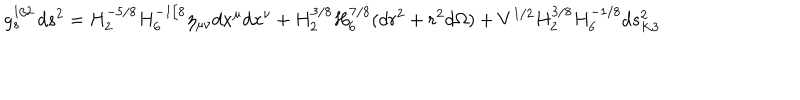
g _ { s } ^ { 1 / 2 } \, d s ^ { 2 } = H _ { 2 } ^ { - 5 / 8 } H _ { 6 } ^ { - 1 / 8 } \eta _ { \mu \nu } d x ^ { \mu } d x ^ { \nu } + H _ { 2 } ^ { 3 / 8 } H _ { 6 } ^ { 7 / 8 } ( d r ^ { 2 } + r ^ { 2 } d \Omega ) + V ^ { 1 / 2 } H _ { 2 } ^ { 3 / 8 } H _ { 6 } ^ { - 1 / 8 } d s _ { K 3 } ^ { 2 }